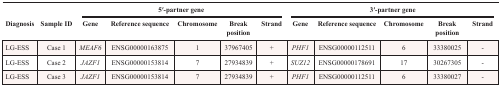
<table><thead><tr><td colspan="2"></td><td colspan="5"><b>5′-partner gene</b></td><td colspan="5"><b>3′-partner gene</b></td></tr><tr><td><b>Diagnosis</b></td><td><b>Sample ID</b></td><td><b>Gene</b></td><td><b>Reference sequence</b></td><td><b>Chromosome</b></td><td><b>Break position</b></td><td><b>Strand</b></td><td><b>Gene</b></td><td><b>Reference sequence</b></td><td><b>Chromosome</b></td><td><b>Break position</b></td><td><b>Strand</b></td></tr></thead><tbody><tr><td>LG-ESS</td><td>Case 1</td><td><i>MEAF6</i></td><td>ENSG00000163875</td><td>1</td><td>37967405</td><td>+</td><td><i>PHF1</i></td><td>ENSG00000112511</td><td>6</td><td>33380025</td><td>-</td></tr><tr><td>LG-ESS</td><td>Case 2</td><td><i>JAZF1</i></td><td>ENSG00000153814</td><td>7</td><td>27934839</td><td>+</td><td><i>SUZ12</i></td><td>ENSG00000178691</td><td>17</td><td>30267305</td><td>-</td></tr><tr><td>LG-ESS</td><td>Case 3</td><td><i>JAZF1</i></td><td>ENSG00000153814</td><td>7</td><td>27934839</td><td>+</td><td><i>PHF1</i></td><td>ENSG00000112511</td><td>6</td><td>33380027</td><td>-</td></tr></tbody></table>